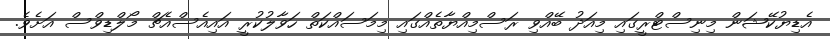
އެޑިޔުކޭޝަން މިނިސްޓްރީގައި މިއަދު ބޭއްވި ރަސްމިއްޔާތެއްގައި މިމަސައްކަތް ހަވާލުކުރީ އައިއެސްއެޗް މޯލްޑިވްސް އަށެވެ.